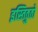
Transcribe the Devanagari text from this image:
इस्तिठुठो